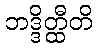
ဘဒ္ဒိတ္ထီတိ